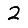
Digit: 2